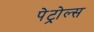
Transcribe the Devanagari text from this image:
पेट्रोल्स